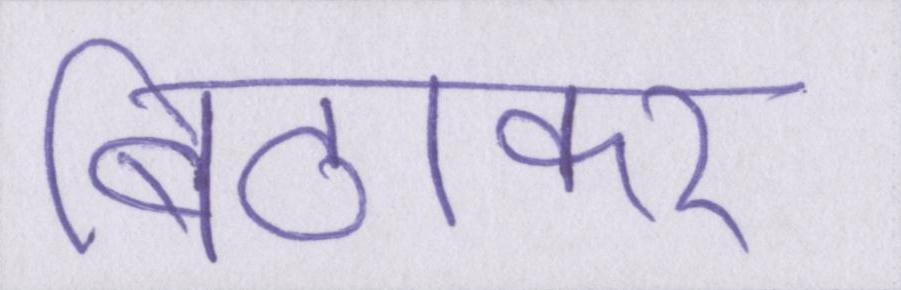
बिठाकर